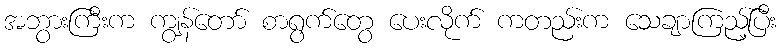
အဘွားကြီးက ကျွန်တော် စာရွက်တွေ ပေးလိုက် ကတည်းက သေချာကြည့်ပြီး